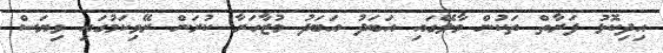
އިދިކޮޅު ފަރާތް ތަކުން މާލޭގައި އަބަދު އަބަދު މުޒާހަރާ ކުރަން ރޭވިކަމުގައި ވިޔަސް